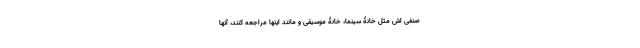
صنفی اش مثل خانۀ سینما، خانۀ موسیقی و مانند اینها مراجعه کنند، آنها